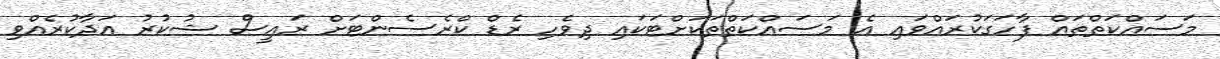
މަސައްކަތްތައް ފާހަގަކުރައްވައި އެ މަސައްކަތްތަކަށްޓަކައި ދިވެހި ރެޑް ކްރެސެންޓަށް ރައީސް ޝުކުރު އަދާކުރެއްވި